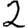
Digit: 2